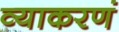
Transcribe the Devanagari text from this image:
व्याकरणं